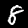
Digit: 8